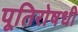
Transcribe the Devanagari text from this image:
पूतिरोषधी